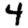
Digit: 4